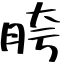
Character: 胯